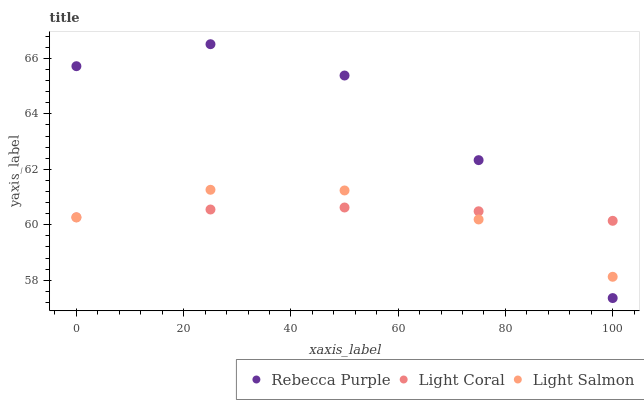
| xaxis_label | Rebecca Purple | Light Coral | Light Salmon |
 | --- | --- | --- | --- |
 | 0 | 65.7 | 60.3 | 60.3 |
 | 25 | 66.5 | 60.6 | 61.3 |
 | 50 | 65.4 | 60.6 | 61.2 |
 | 75 | 62.3 | 60.5 | 60.2 |
 | 100 | 57.4 | 60.1 | 58.1 |